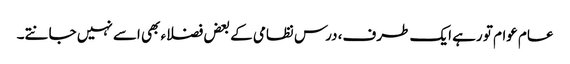
عام عوام تو رہے ایک طرف، درس نظامی کے بعض فضلاء بھی اسے نہیں جانتے۔